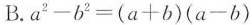
B.$$a^{2} - b^{2} = ( a + b ) ( a - b )$$